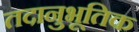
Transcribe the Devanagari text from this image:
तदानुभूतिक